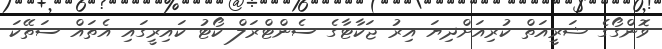
ވޮންގޯގެ ޝަރީއަތް ކުރިއަށްދިޔަ އިރު ޖަކާޓާގެ ސެންޓްރަލް ކޯޓު ކައިރީގައި އެތައް ސަތޭކަ